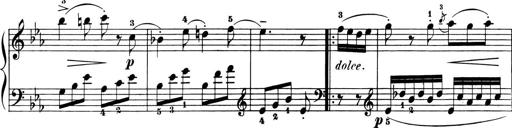
Title: 6 Piano Sonatinas
Composer: Cornelius Gurlitt